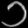
Digit: ၁